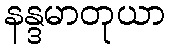
နန္ဒမာတုယာ